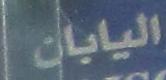
اليابان